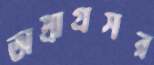
অপ্রাগ্রসর